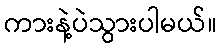
ကားနဲ့ပဲသွားပါမယ်။